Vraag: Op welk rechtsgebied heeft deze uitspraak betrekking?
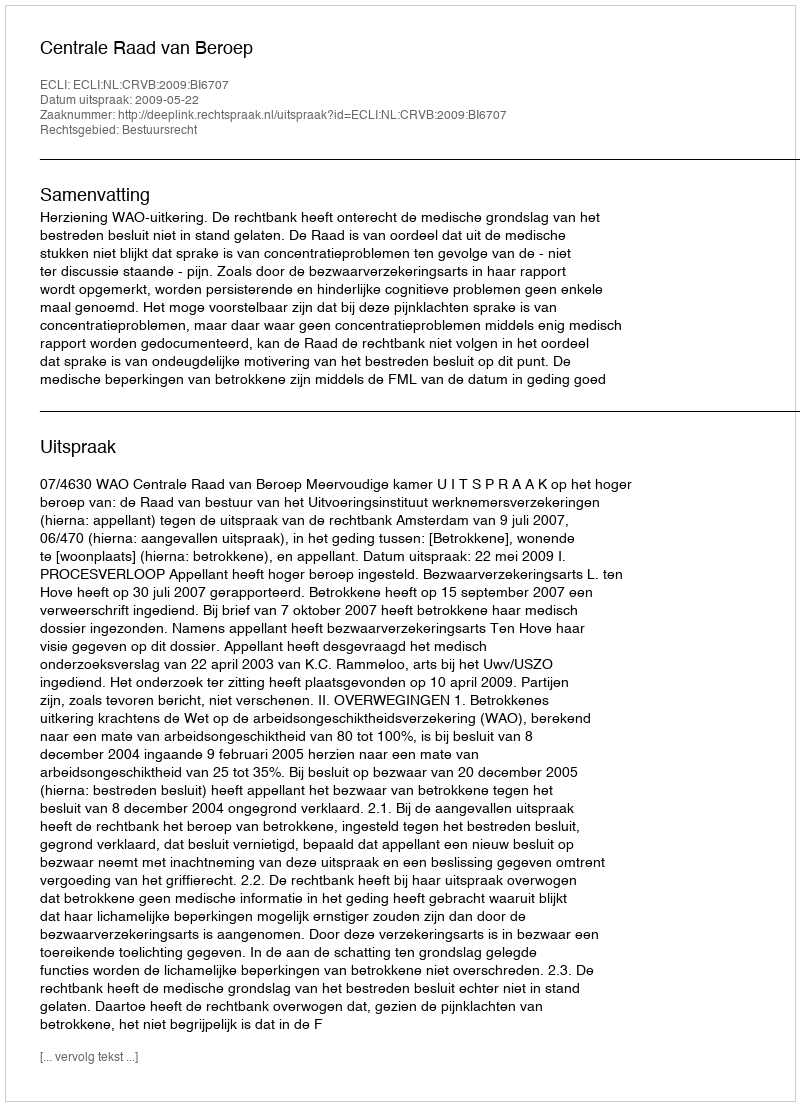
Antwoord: Bestuursrecht